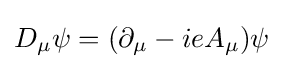
D_{\mu }\psi =(\partial _{\mu }-ieA_{\mu })\psi